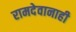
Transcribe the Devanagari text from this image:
रामदेवानाही